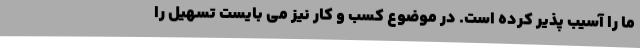
ما را آسیب پذیر کرده است. در موضوع کسب و کار نیز می بایست تسهیل را